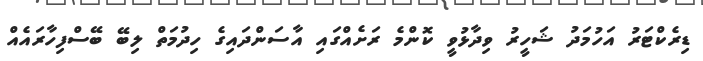
ޑިރެކްޓަރު އަހުމަދު ޝަހީރު ވިދާޅުވީ ކޮންމެ ރަށެއްގައި އާސަންދައިގެ ހިދުމަތް ލިބޭ ބޭސްފިހާރައެއް